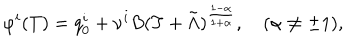
LaTeX: \varphi ^ { i } ( T ) = q _ { 0 } ^ { i } + \nu ^ { i } B ( T + \tilde { \Lambda } ) ^ { \frac { 1 - \alpha } { 1 + \alpha } } , \quad ( \alpha \not = \pm 1 ) ,